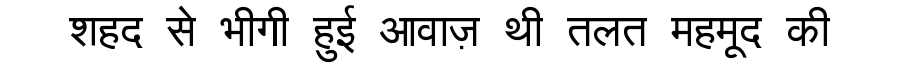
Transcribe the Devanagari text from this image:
शहद से भीगी हुई आवाज़ थी तलत महमूद की